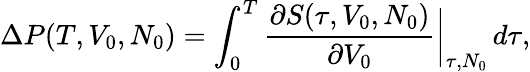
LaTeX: \Delta P(T,V_{0},N_{0})=\int_{0}^{T}\frac{\partial S(\tau,V_{0},N_{0})}{\partial V_{0}}\bigg\vert_{\tau,N_{0}}\, d\tau,